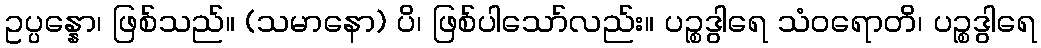
ဥပ္ပန္နော၊ ဖြစ်သည်။ (သမာနော) ပိ၊ ဖြစ်ပါသော်လည်း။ ပဉ္စဒွါရေ သံဝရောတိ၊ ပဉ္စဒွါရေ